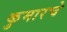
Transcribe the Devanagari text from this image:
कुमारचे